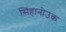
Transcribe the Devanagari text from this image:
सिंहानोउक